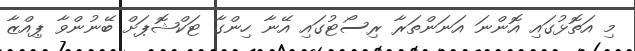
މި އަތޮޅުގައި އޮންނަ އަނަންތަރާ ރިސޯޓުގައި އޭނާ ހިންގާ ޓަކްޝޮޕަށް ބޭނުންވާ ޕިއްޒާ